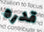
قدره